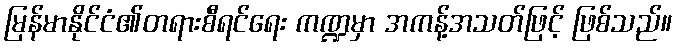
မြန်မာနိုင်ငံ၏တရားစီရင်ရေး ကဏ္ဍမှာ အကန့်အသတ်ဖြင့် ဖြစ်သည်။